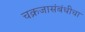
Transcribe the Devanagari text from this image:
चक्रजासंबंधीचा